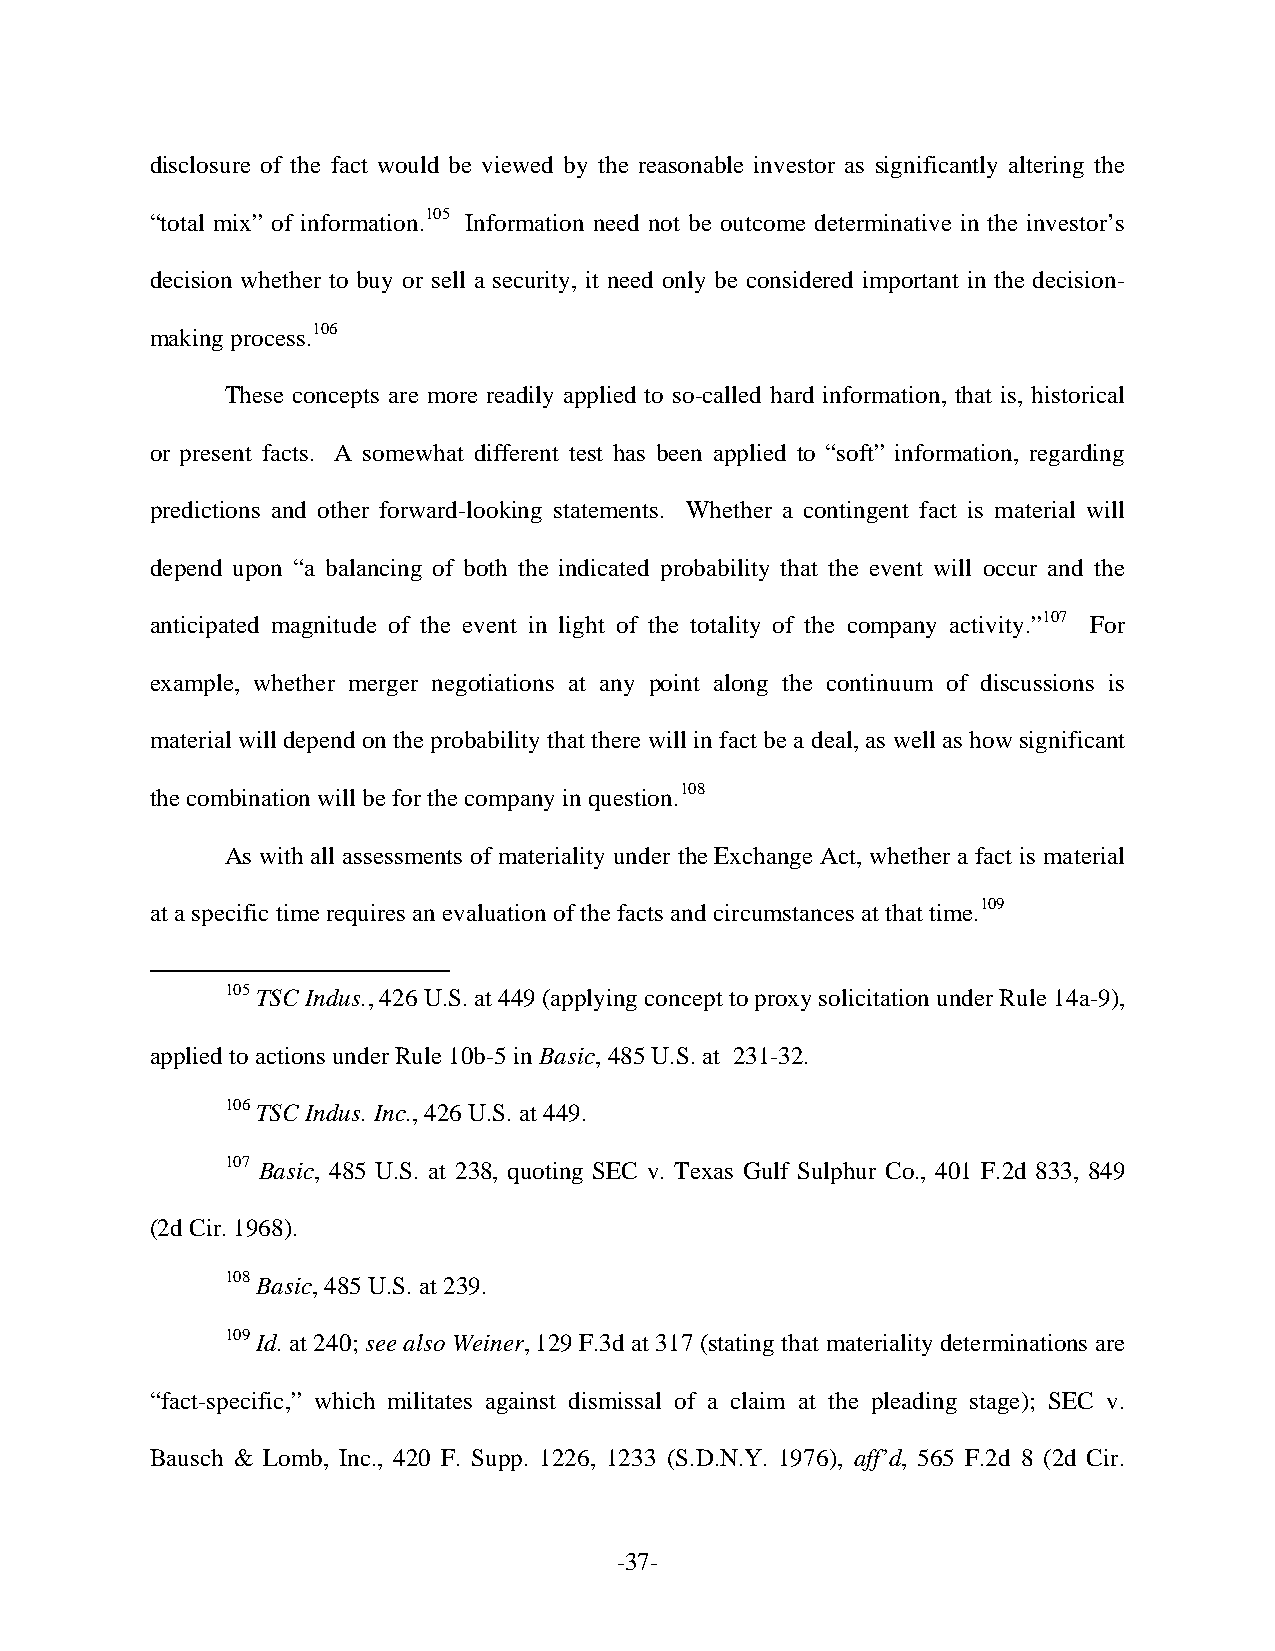
disclosure of the fact would be viewed by the reasonable investor as significantly altering the
 “total mix” of information.105 Information need not be outcome determinative in the investor’s
 decision whether to buy or sell a security, it need only be considered important in the decision-
 making process.106
 These concepts are more readily applied to so-called hard information, that is, historical
 or present facts. A somewhat different test has been applied to “soft” information, regarding
 predictions and other forward-looking statements. Whether a contingent fact is material will
 depend upon “a balancing of both the indicated probability that the event will occur and the
 anticipated magnitude of the event in light of the totality of the company activity.”107 For
 example, whether merger negotiations at any point along the continuum of discussions is
 material will depend on the probability that there will in fact be a deal, as well as how significant
 the combination will be for the company in question.108
 As with all assessments of materiality under the Exchange Act, whether a fact is material
 at a specific time requires an evaluation of the facts and circumstances at that time.109
 105 TSC Indus., 426 U.S. at 449 (applying concept to proxy solicitation under Rule 14a-9),
 applied to actions under Rule 10b-5 in Basic, 485 U.S. at 231-32.
 106 TSC Indus. Inc., 426 U.S. at 449.
 107 Basic, 485 U.S. at 238, quoting SEC v. Texas Gulf Sulphur Co., 401 F.2d 833, 849
 (2d Cir. 1968).
 108 Basic, 485 U.S. at 239.
 109 Id. at 240; see also Weiner, 129 F.3d at 317 (stating that materiality determinations are
 “fact-specific,” which militates against dismissal of a claim at the pleading stage); SEC v.
 Bausch & Lomb, Inc., 420 F. Supp. 1226, 1233 (S.D.N.Y. 1976), aff’d, 565 F.2d 8 (2d Cir.
 -37-